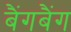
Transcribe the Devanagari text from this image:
बैंगबैंग